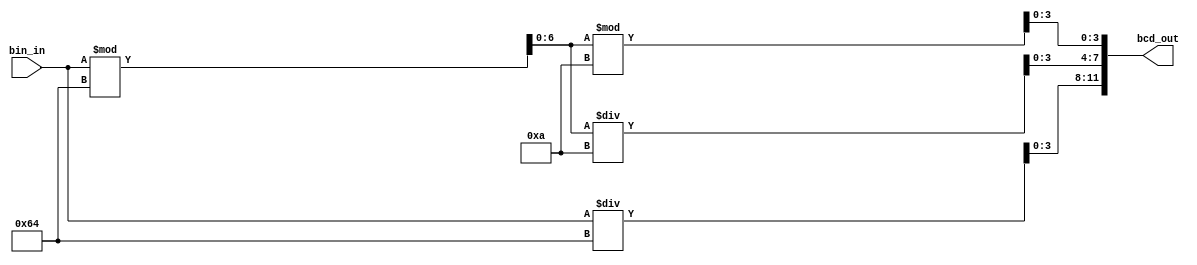
// This program was cloned from: https://github.com/FPGADude/Digital-Design
// License: GNU General Public License v3.0

module byte2bcd(
	input  [7:0] bin_in,
	output [11:0] bcd_out
);

	reg [3:0] hundreds, tens, ones;
	reg [6:0] temp_reg;

	always @(*) begin
		hundreds = bin_in / 100;
		temp_reg = bin_in % 100;
		tens = temp_reg / 10;
		ones = temp_reg % 10;
	end

	assign bcd_out = {hundreds, tens, ones};

endmodule